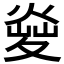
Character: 𤋬